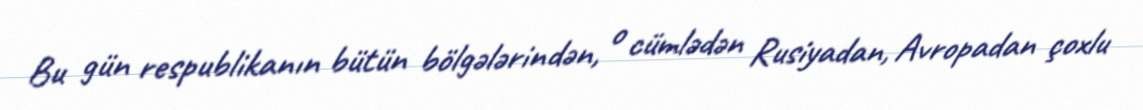
Bu gün respublikanın bütün bölgələrindən, o cümlədən Rusiyadan, Avropadan çoxlu